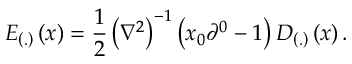
E _ { \left( . \right) } \left( x \right) = \frac 1 2 \left( \nabla ^ { 2 } \right) ^ { - 1 } \left( x _ { 0 } \partial ^ { 0 } - 1 \right) D _ { \left( . \right) } \left( x \right) .